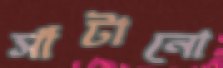
সাঁটানো